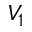
V _ { 1 }